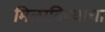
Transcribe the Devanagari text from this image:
मिळाविण्याचा